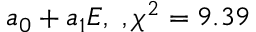
a _ { 0 } + a _ { 1 } E , \ , \chi ^ { 2 } = 9 . 3 9